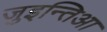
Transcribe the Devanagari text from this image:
जुइन्तिआ